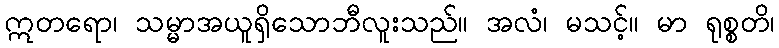
ဣတရော၊ သမ္မာအယူရှိသောဘီလူးသည်။ အလံ၊ မသင့်။ မာ ရုစ္စတိ၊